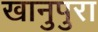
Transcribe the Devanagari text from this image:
खानुपुरा